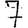
Digit: 7